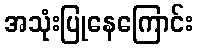
အသုံးပြုနေကြောင်း